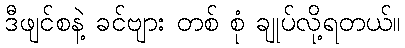
ဒီဖျင်စနဲ့ ခင်ဗျား တစ် စုံ ချုပ်လို့ရတယ်။